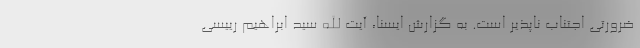
ضرورتی اجتناب ناپذیر است. به گزارش ایسنا، آیت الله سید ابراهیم رییسی